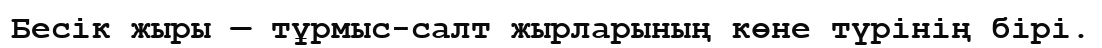
Бесік жыры — тұрмыс-салт жырларының көне түрінің бірі.